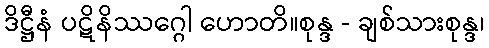
ဒိဋ္ဌီနံ ပဋိနိဿဂ္ဂေါ ဟောတိ။စုန္ဒ - ချစ်သားစုန္ဒ၊